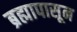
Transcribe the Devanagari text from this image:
ब्रह्मापासून